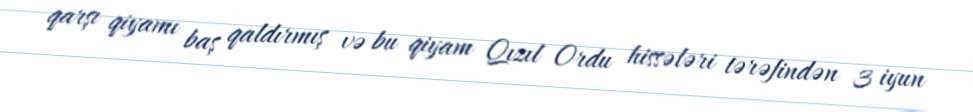
qarşı qiyamı baş qaldırmış və bu qiyam Qızıl Ordu hissələri tərəfindən 3 iyun